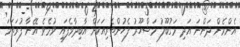
އެންމެން ދަންނަ އަދި މަގުބޫލު މަޝްހޫރު ފެހުންތެރިއަކަށް އާބިދާވެފައި ވުމެވެ. އޭނާ ފުރަތަމަ